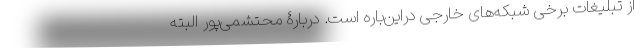
از تبلیغات برخی شبکه‌های خارجی دراین‌باره است. دربارۀ محتشمی‌پور البته